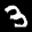
Label: 3